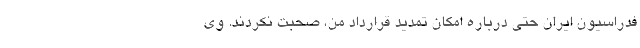
فدراسیون ایران حتی درباره امکان تمدید قرارداد من، صحبت نکردند. وی